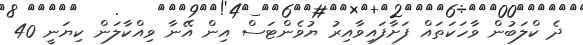
ދެ ކްލަބުން ވާހަކަތައް ފަށާފައިވާއިރު ޔުވެންޓަސް އިން އޭނާ ވިއްކާލަން ކިޔަނީ 40